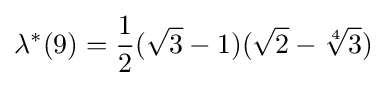
\lambda ^{*}(9)={\frac {1}{2}}({\sqrt {3}}-1)({\sqrt {2}}-{\sqrt[{4}]{3}})